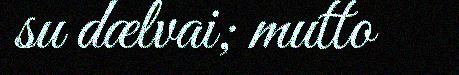
su dælvai; mutto